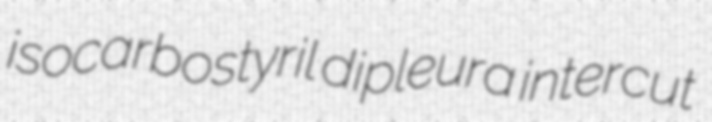
isocarbostyril dipleura intercut